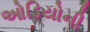
ઓડિયોની